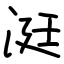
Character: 涏